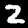
Label: 2